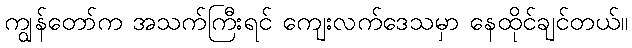
ကျွန်တော်က အသက်ကြီးရင် ကျေးလက်ဒေသမှာ နေထိုင်ချင်တယ်။